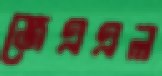
জেএএল